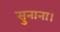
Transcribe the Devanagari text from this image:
सुनाना।